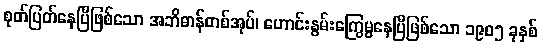
စုတ်ပြတ်နေပြီဖြစ်သော အဘိဓာန်တစ်အုပ်၊ ဟောင်းနွမ်းကြွေမွနေပြီဖြစ်သော ၁၉၀၅ ခုနှစ်